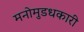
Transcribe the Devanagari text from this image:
मनोमुडधकारी